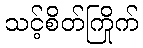
သင့်စိတ်ကြိုက်